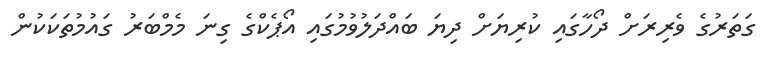
ގަތަރުގެ ވެރިރަށް ދޯހާގައި ކުރިޔަށް ދިޔަ ބައްދަލުވުމުގައި އޯޕެކްގެ ގިނަ މެމްބަރު ގައުމުތަކަކުން